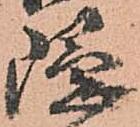
隠